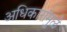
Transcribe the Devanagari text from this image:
अधिकारांमुळे